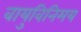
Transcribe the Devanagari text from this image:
वायुविनिमय